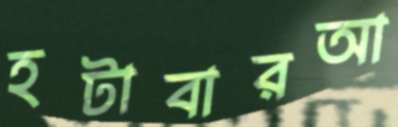
হটাবারআ